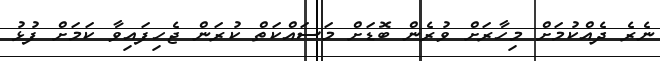
ނެރެ ދެއްކުމަށް މިހާރަށް ވުރެން ބޮޑަށް މަސައްކަތް ކުރަން ޖެހިފައިވާ ކަމަށް ފުޅު